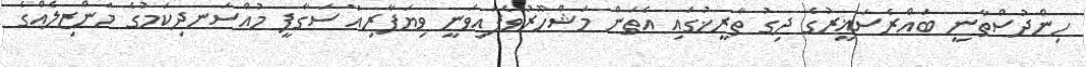
ހިންދުސްތާނީ ބައްރެސަޣީރުގެ ދިގު ތާރީޚުގައި އެތަން މަޝްހޫރުވެފައިވަނީ ވިޔަފާރިއާ ސަގާފީ މުއްސަނދިކަމުގެ މަންޒިލެއްގެ